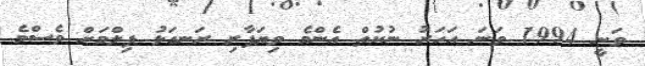
ވަނީ 1994 ވަނަ އަހަރު ނުކުތް އެންމެ ވިޔަފާރި ރަނގަޅު ފިލްމަށް ވެސްމެ